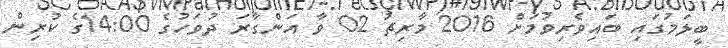
ބީލަމުގައި ބައިވެރިވުމަށް 2016 މާރިޗު 02 ވާ އަންގާރަ ދުވަހުގެ 14:00ގެ ކުރިން